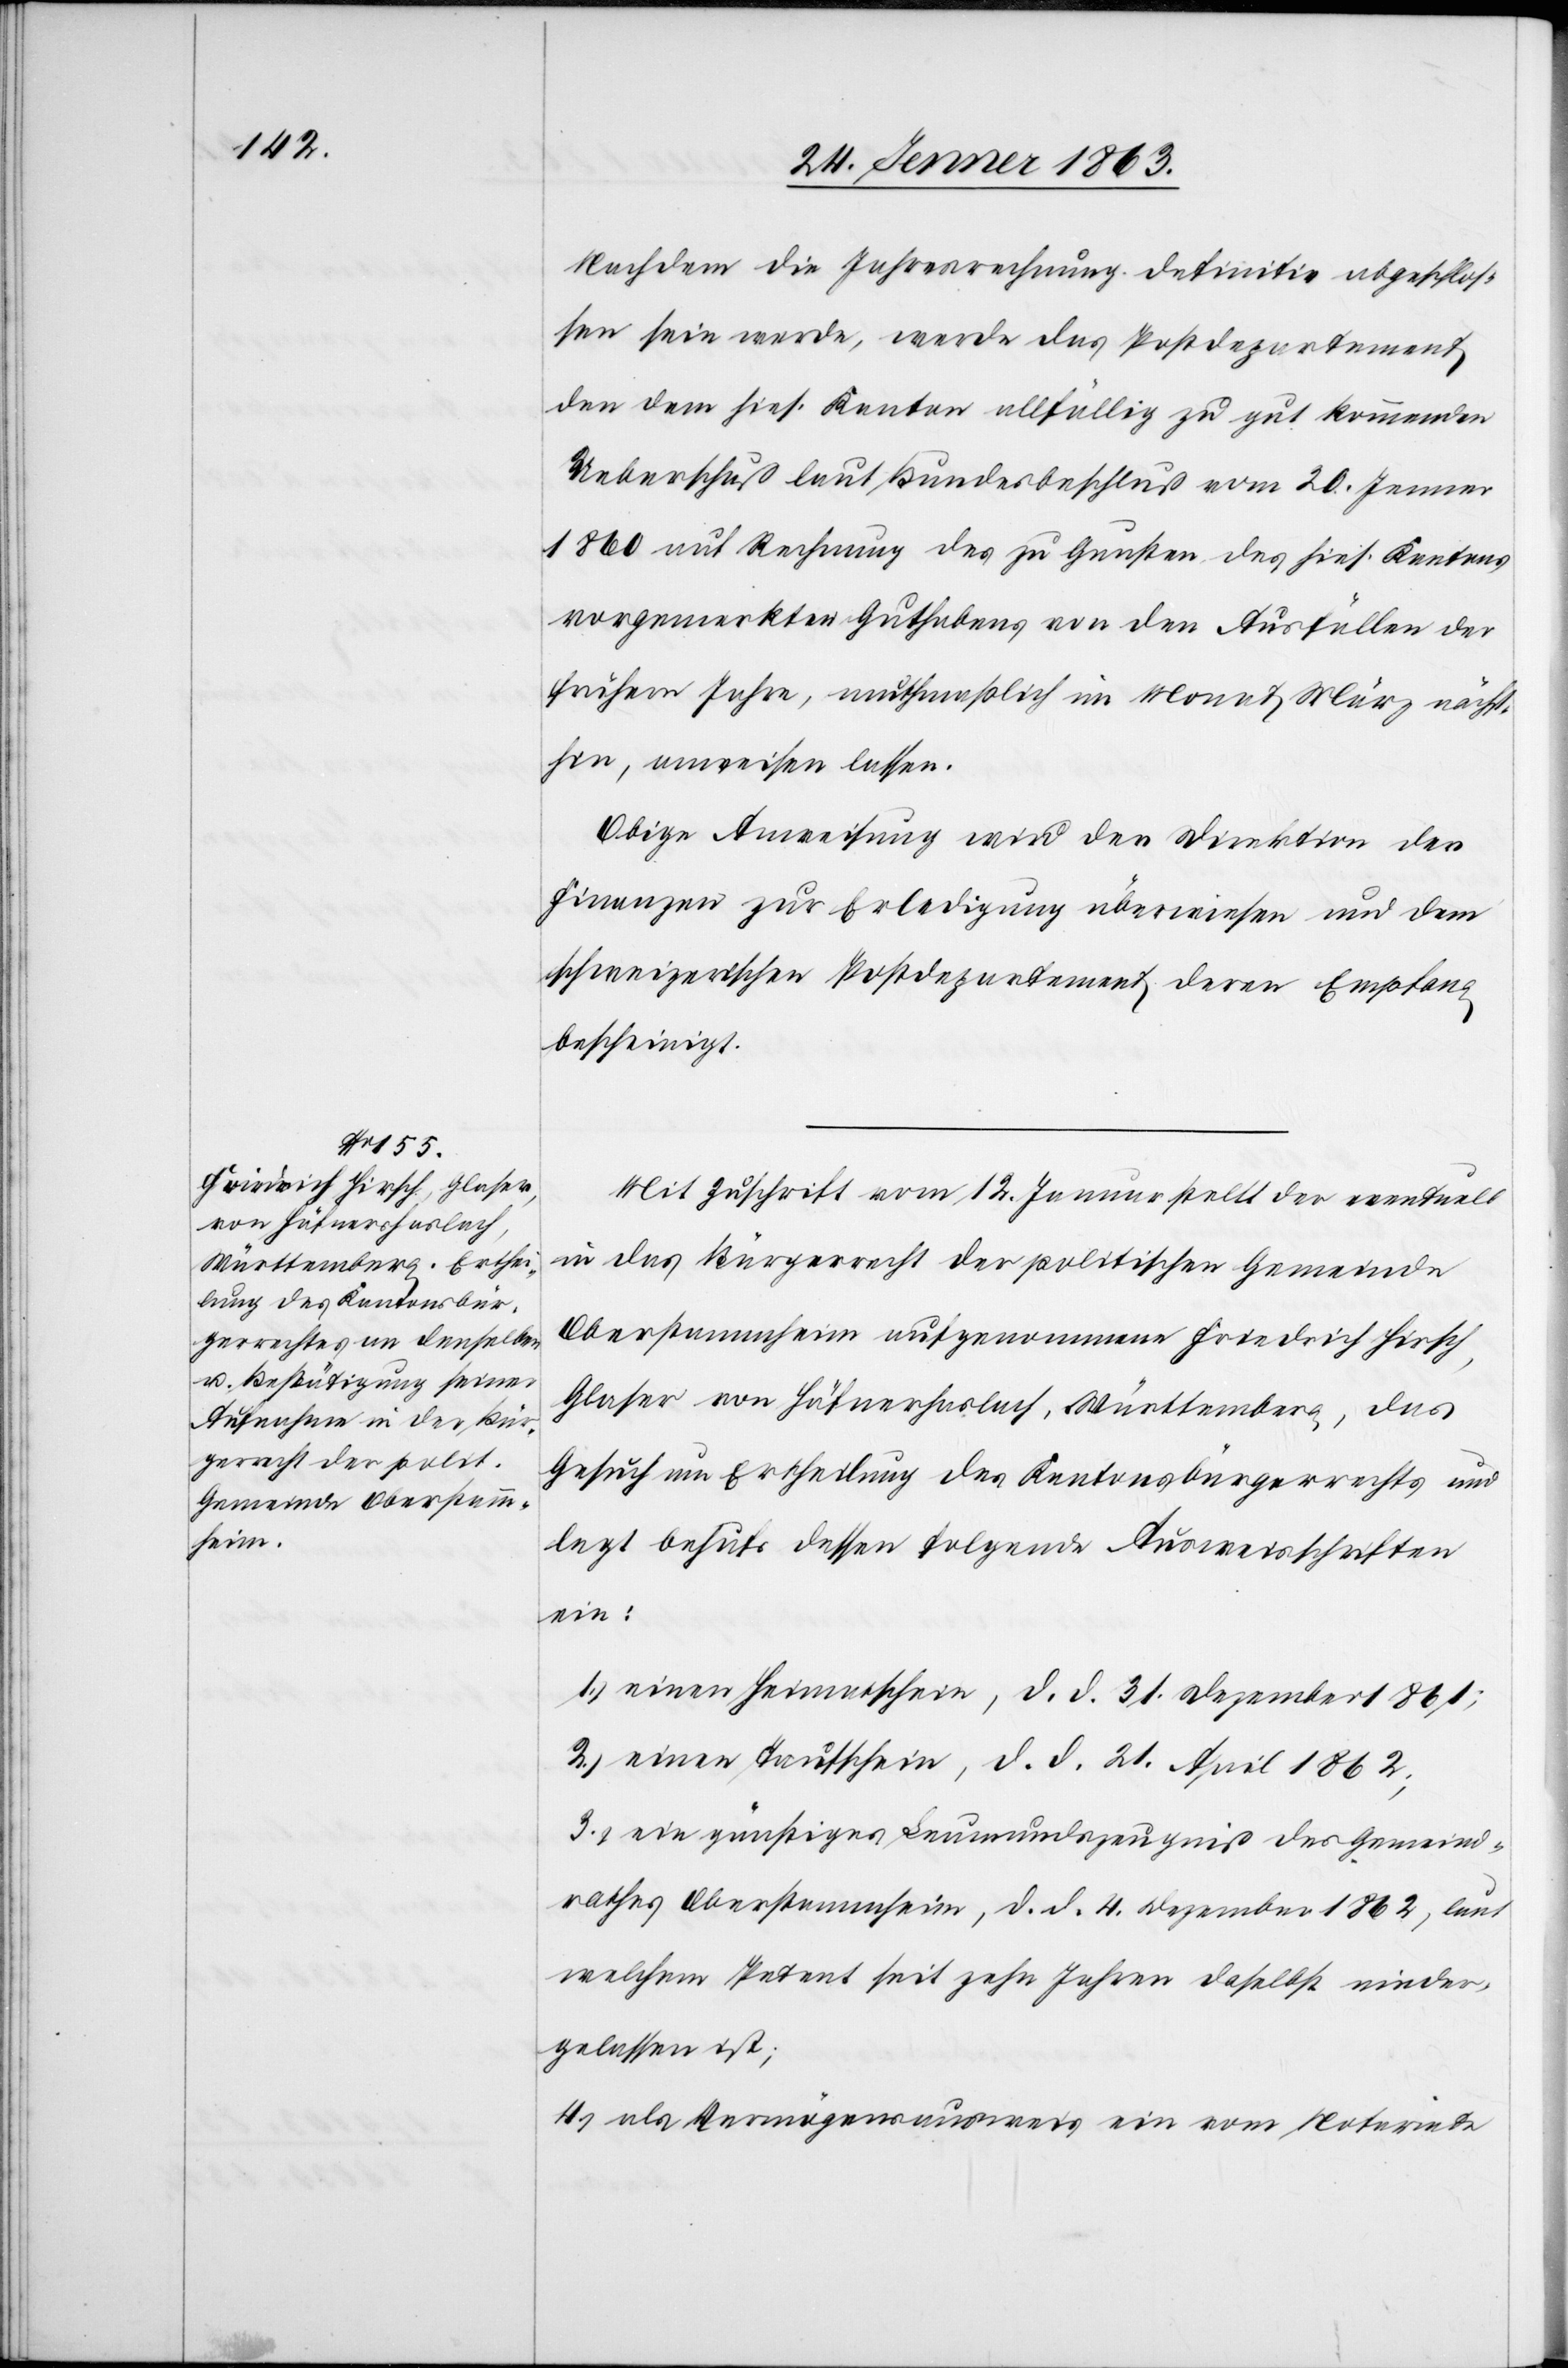
Nachdem die Jahresrechnung definitiv abgeschlos¬
sen sein werde, werde das Postdepartement
den dem hies. Kanton allfällig zu gut kommenden
Ueberschuß laut Bundesbeschluß vom 20. Jenner
1860 auf Rechnung des zu Gunsten des hiesig. Kantons
vorgemerkten Guthabens von den Ausfällen der
frühern Jahre, muthmaßlich im Monat März nächst¬
hin, anweisen lassen.
Obige Anweisung wird der Direktion der
Finanzen zur Erledigung überwiesen und dem
schweizerischen Postdepartement deren Empfang
bescheinigt.
Mit Zuschrift vom 12. Januar stellt der eventuell
in das Bürgerrecht der politischen Gemeinde
Oberstammheim aufgenommene Friedrich Hirsch,
Glaser von Häfnerhaslach, Württemberg, das
Gesuch um Ertheilung des Kantonsbürgerrechts und
legt behufs dessen folgende Ausweisschriften
ein:
1.) einen Heimatschein, d. d. 31. Dezember 1861;
2.) einen Taufschein, d. d. 21. April 1862;
3.) ein günstiges Leumundszeugniß des Gemeind¬
rathes Oberstammheim, d. d. 4. Dezember 1862, laut
welchem Petent seit zehn Jahren daselbst nieder¬
gelassen ist;
4.) als Vermögensausweis ein vom Notariate